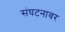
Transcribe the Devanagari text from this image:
संघटनावर